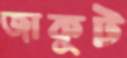
জাকুট